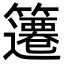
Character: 䉦